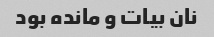
نان بیات و مانده بود